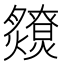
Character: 𤒧